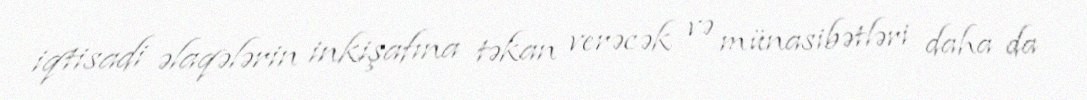
iqtisadi əlaqələrin inkişafına təkan verəcək və münasibətləri daha da